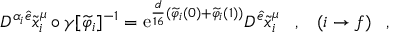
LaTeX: { \cal D } ^ { \alpha _ { i } \widehat { e } } \widetilde { x } _ { i } ^ { \mu } \circ \gamma [ \widetilde { \varphi } _ { i } ] ^ { - 1 } = \mathrm { e } ^ { \frac { d } { 1 6 } ( \widetilde { \varphi } _ { i } ( 0 ) + \widetilde { \varphi } _ { i } ( 1 ) ) } { \cal D } ^ { \widehat { e } } \widetilde { x } _ { i } ^ { \mu } \; \; \; , \; \; \; ( i \rightarrow f ) \; \; \; ,